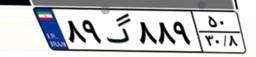
۸۹گ۸۸۹۵۰